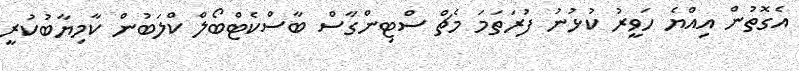
އެގޮތުން އިއްޔެ ހަވީރު ކުޅުނު ފުރަތަމަ މެޗް ސްޓިންގާސް ބާސްކެޓްބޯލް ކްލަބުން ކާމިޔާބުކުރީ